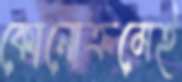
কোনোক্রমেই